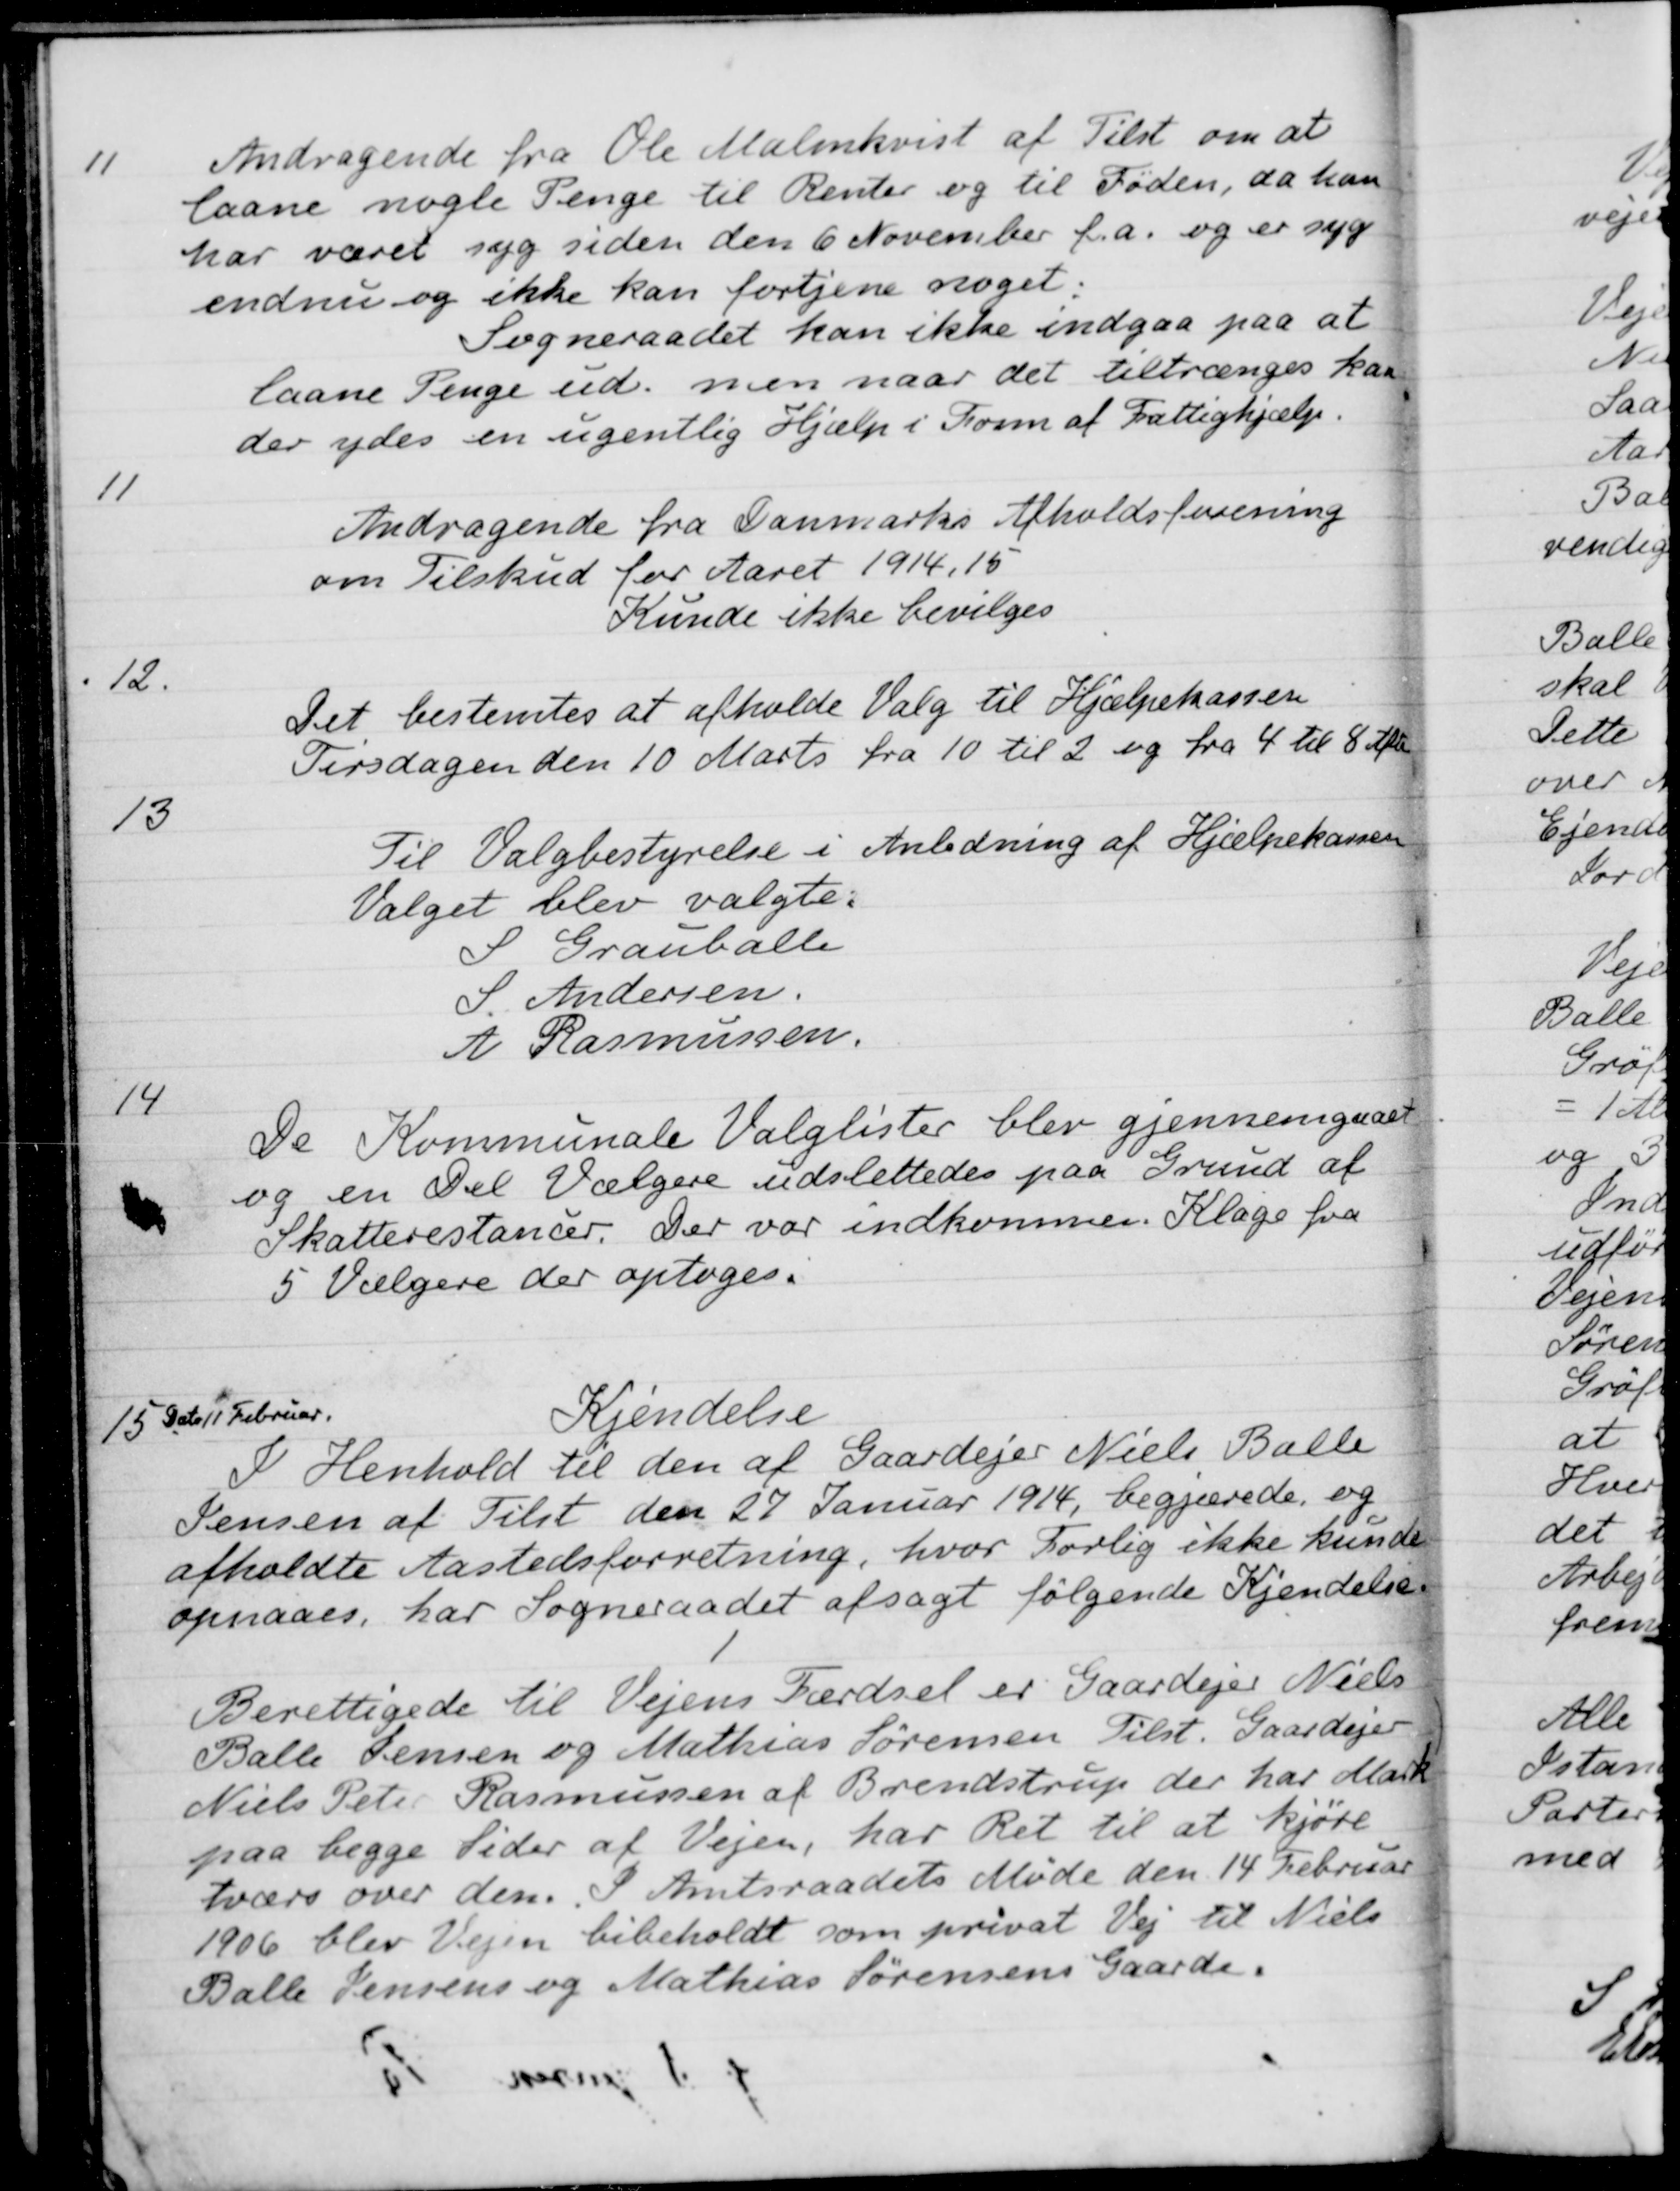
Transskription:
11
Andragende fra Ole Malmkvist af Tilst om at
laane nogle Penge til Renter og til Føden, da han
har været syg siden den 6 November f.a. og er syg
endnu og ikke kan fortjene noget.
Sogneraadet kan ikke indgaa paa at
laane Penge ud, men naar det tiltrænges kan
der ydes en ugentlig Hjælp i Form af Fattighjælp
11
Andragende fra Danmarks Afholdsforening
om Tilskud for Aaret 1914, 15
Kunde ikke bevilges
12.
Det bestemtes at afholde Valg til Hjælpekassen
Tirsdagen den 10 Marts fra 10 til 2 og fra 4 til 8 Aft
13
Til Valgbestyrelse i Anledning af Hjælpekassen
Valget blev valgte:
S Grauballe
S. Andersen.
A Rasmussen.
14
De Kommunale Valglister blev gjennemgaaet
og en Del Vælgere udslettedes paa Grund af
Skatterestancer. Der var indkommen Klage fra
5 Vælgere der optoges.
15 Dato 11 Februar.
Kjendelse
I Henhold til den af Gaardejer Niels Balle
Jensen af Tilst den 27 Januar 1914, begjærede, og
afholdte Aastedsforretning, hvor Forlig ikke kunde
opnaaes, har Sogneraadet afsagt følgende Kjendelse
Berettigede til Vejens Færdsel er Gaardejer Niels
Balle Jensen og Mathias Sørensen Tilst. Gaardejer
Niels Peter Rasmussen af Brendstrup der har Mark
paa begge Sider af Vejen, har Ret til at kjøre
tværs over den. I Amtsraadets Møde den 14 Februar
1906 blev Vejen bibeholdt som privat Vej til Niels
Balle Jensens og Mathias Sørensens Gaarde.